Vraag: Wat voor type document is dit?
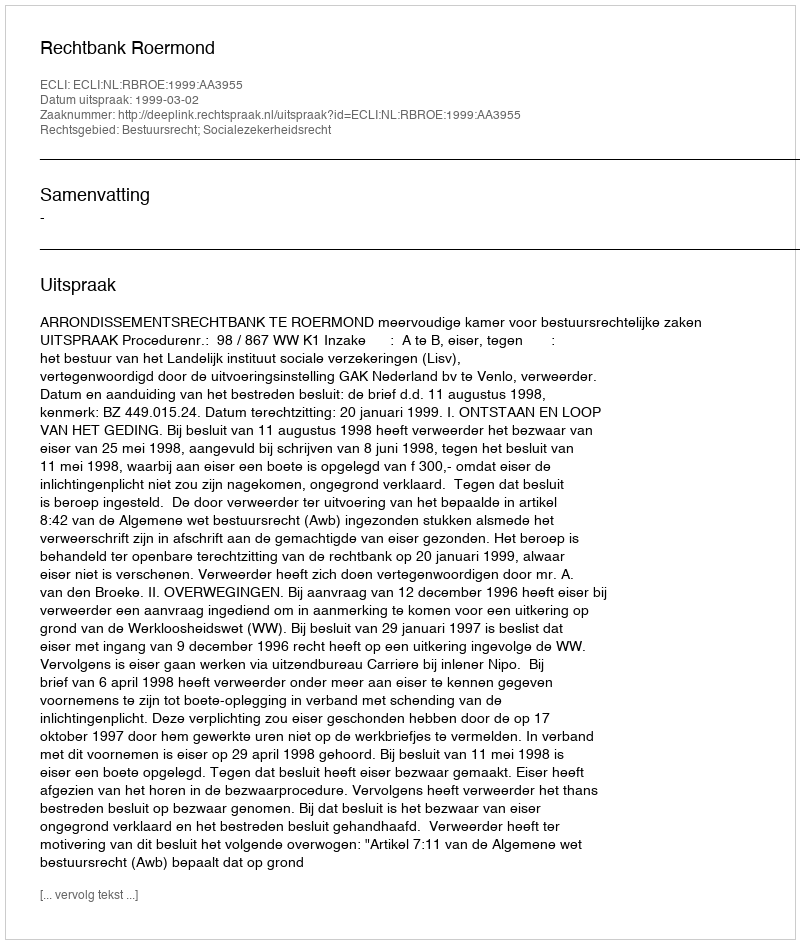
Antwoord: Uitspraak